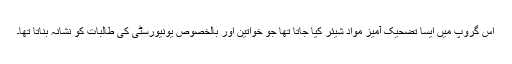
اس گروپ میں ایسا تضحیک آمیز مواد شیئر کیا جاتا تھا جو خواتین اور بالخصوص یونیورسٹی کی طالبات کو نشانہ بناتا تھا۔